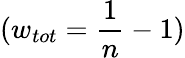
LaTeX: (w_{tot}=\frac{1}{n}-1)